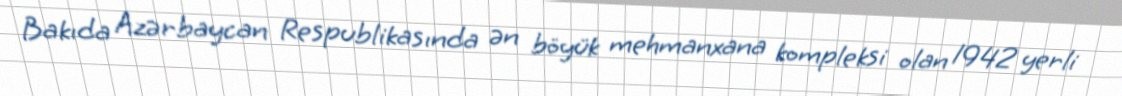
Bakıda Azərbaycan Respublikasında ən böyük mehmanxana kompleksi olan 1942 yerli